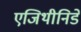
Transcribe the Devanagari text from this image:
एजिथीनिडे